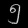
Digit: ၅